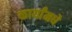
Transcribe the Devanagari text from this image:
कार्यांमधे